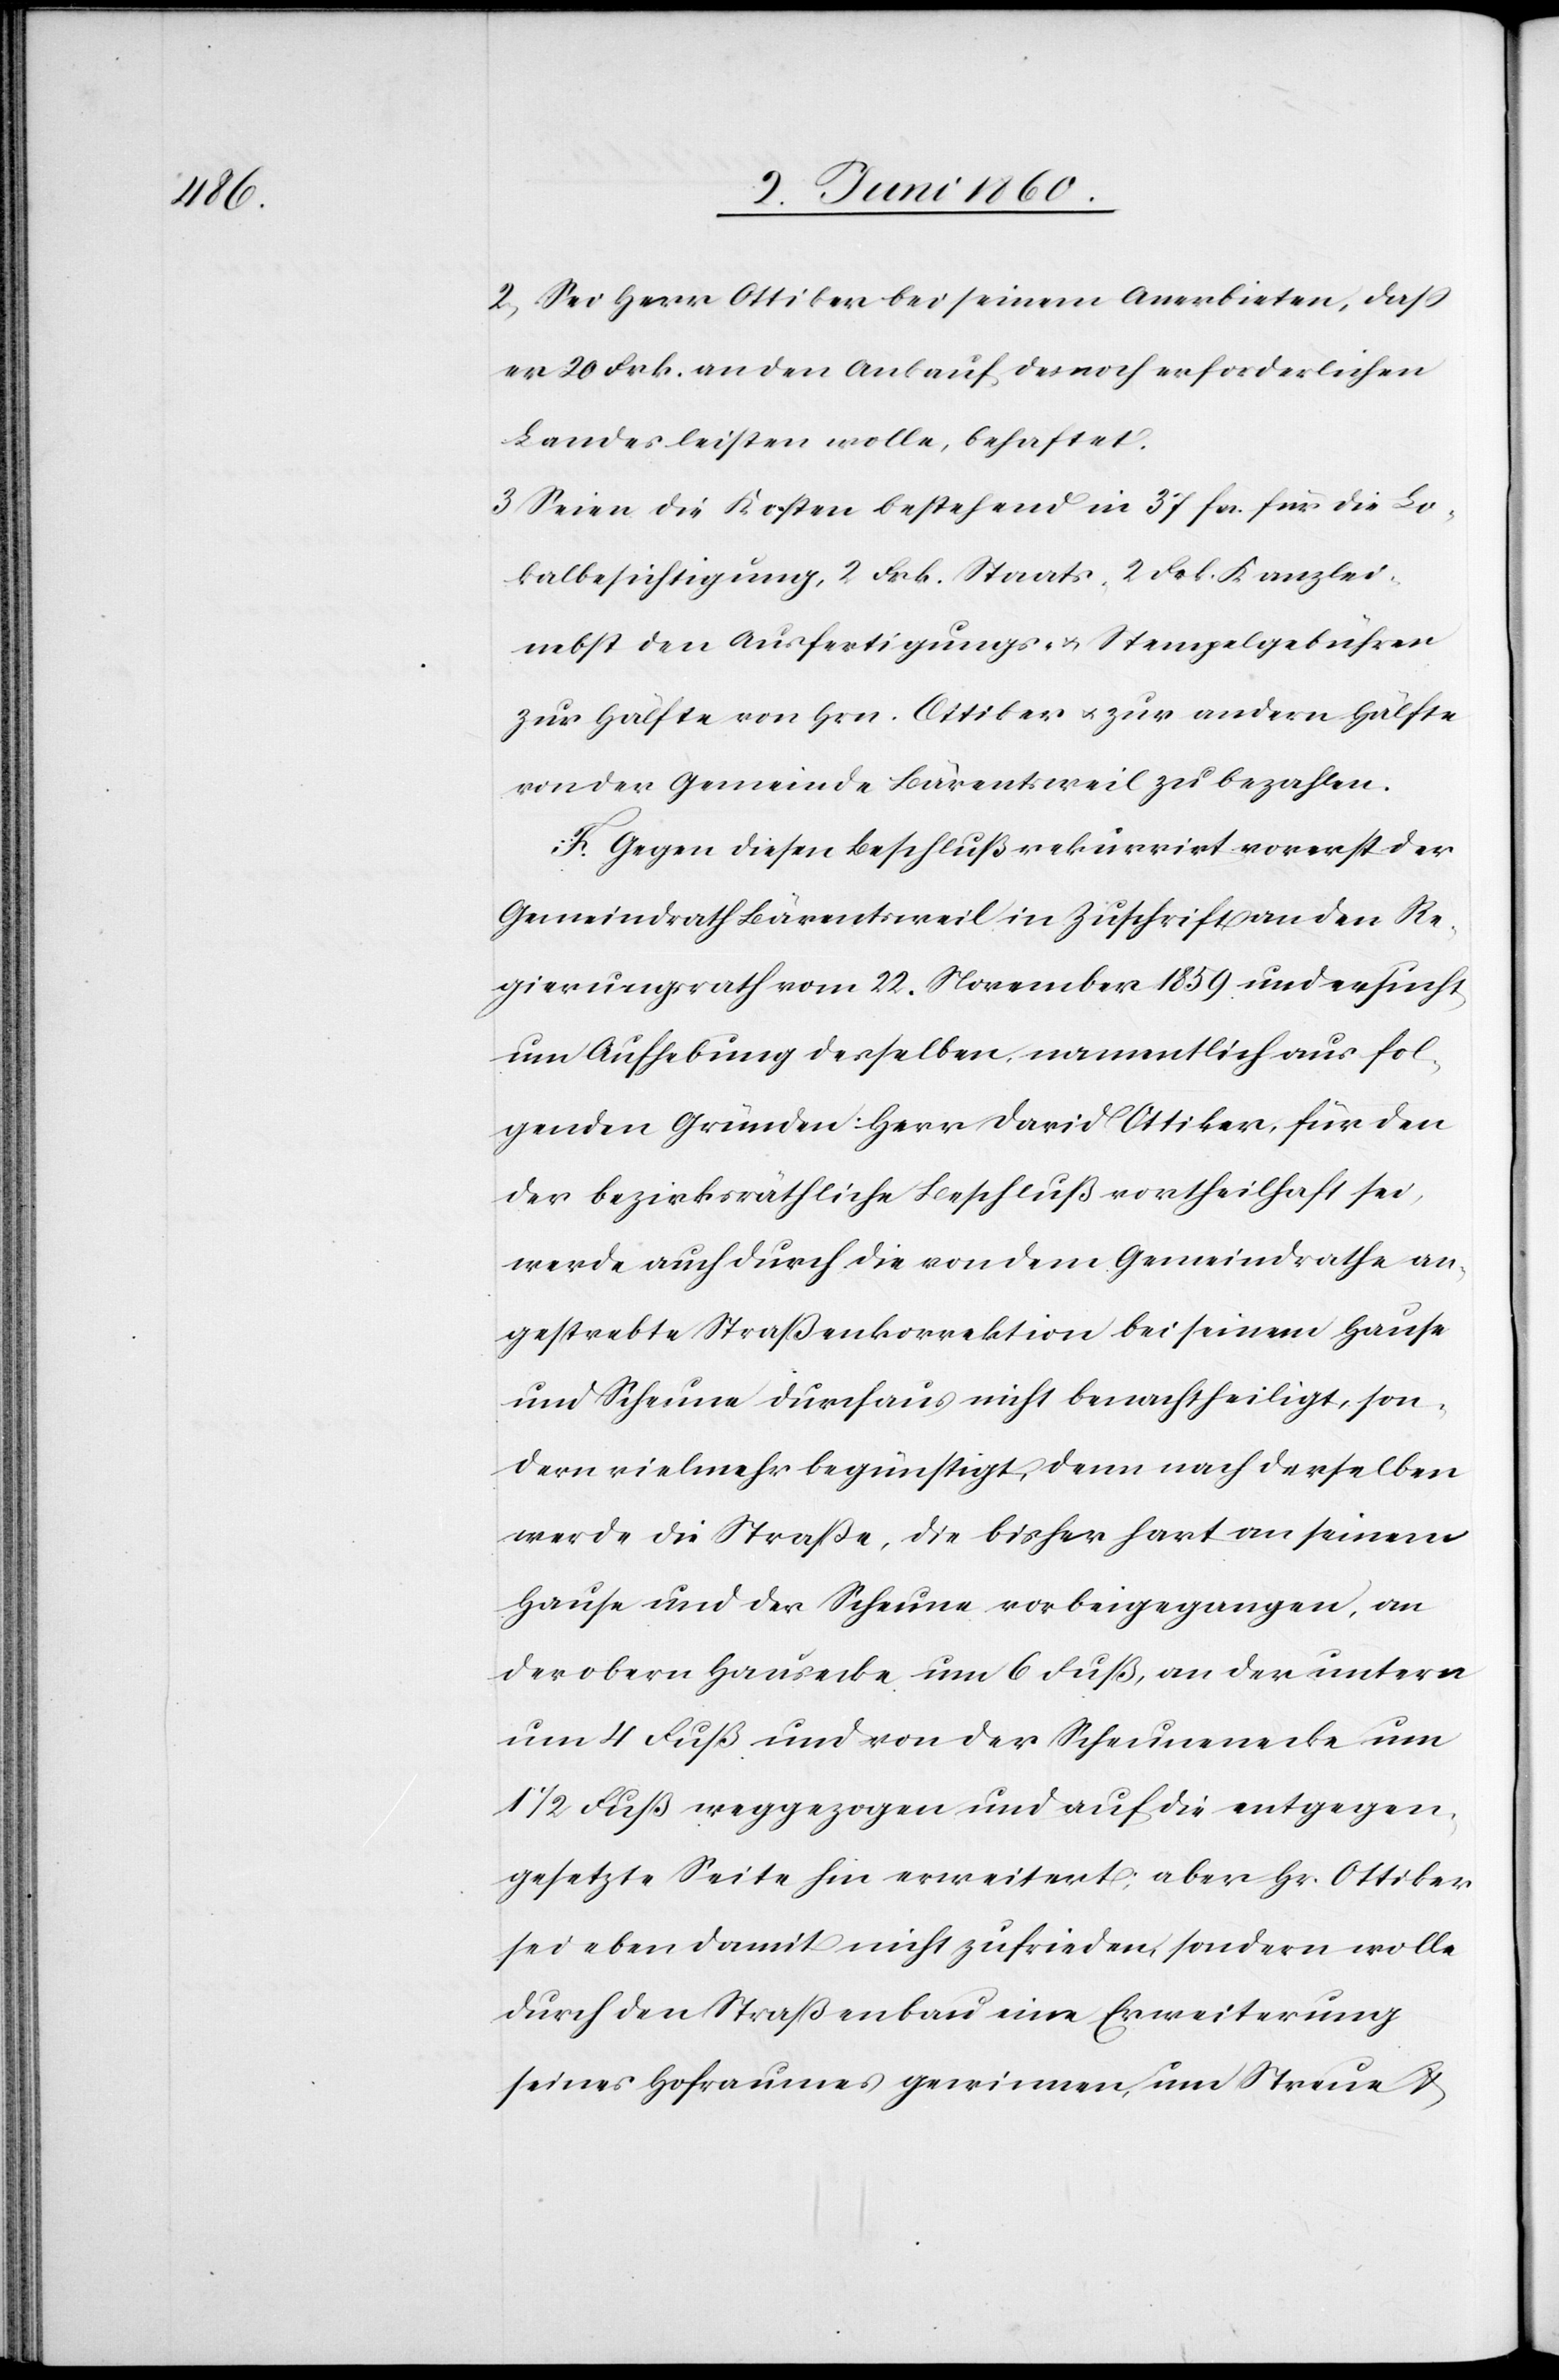
2. Sei Herr Ottiker bei seinem Anerbieten, daß
er 20 Frk. an den Ankauf des noch erforderlichen
Landes leisten wolle, behaftet.
3. Seien die Kosten bestehend in 37 fcs. für die Lo¬
kalbesichtigung, 2. Frk. Staats- 2 Frk. Kanzlei-
nebst den Ausfertigungs- u. Stempelgebühren
zur Hälfte von Hrn. Ottiker u. zur andern Hälfte
von der Gemeinde Bärentsweil zu bezahlen.
F. Gegen diesen Beschluß rekurrirt vorerst der
Gemeindrath Bärentsweil in Zuschrift an den Re¬
gierungsrath vom 22. November 1859 und ersucht
um Aufhebung derselben namentlich aus fol¬
genden Gründen: Herr David Ottiker für den
der bezirksräthliche Beschluß vortheilhaft sei,
werde auch durch die von dem Gemeindrathe an¬
gestrebte Strassenkorrektion bei seinem Hause
und Scheune durchaus nicht benachtheiligt, son¬
dern vielmehr begünstigt, denn nach derselben
werde die Strasse, die bisher hart an seinem
Hause und der Scheune vorbeigegangen, an
der obern Hausecke um 6 Fuß, an der untern
4 Fuß weggezogen und auf die entgegen¬
gesetzte Seite hin erweitert, aber Hr. Ottiker
sei eben damit nicht zufrieden, sondern wolle
durch den Straßenbau eine Erweiterung
seines Hofraumes gewinnen, um Streue u.